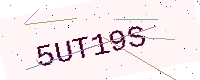
Text: 5UT19S